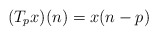
\begin{align*}(T_p x)(n)= x(n-p)\end{align*}